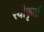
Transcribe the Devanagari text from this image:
स्वीकृर्ता